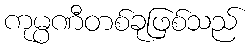
ကုမ္ပဏီတစ်ခုဖြစ်သည်